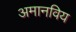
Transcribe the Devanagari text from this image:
अमानविय